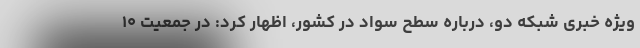
ویژه خبری شبکه دو، درباره سطح سواد در کشور، اظهار کرد: در جمعیت ۱۰